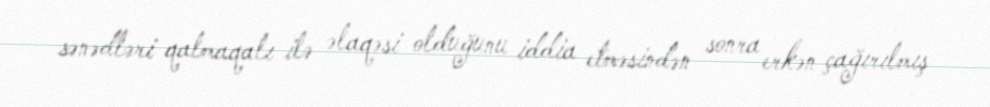
sənədləri qalmaqalı ilə əlaqəsi olduğunu iddia etməsindən sonra erkən çağırılmış